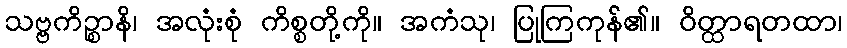
သဗ္ဗကိဉ္စာနိ၊ အလုံးစုံ ကိစ္စတို့ကို။ အကံသု၊ ပြုကြကုန်၏။ ဝိတ္ထာရတထာ၊